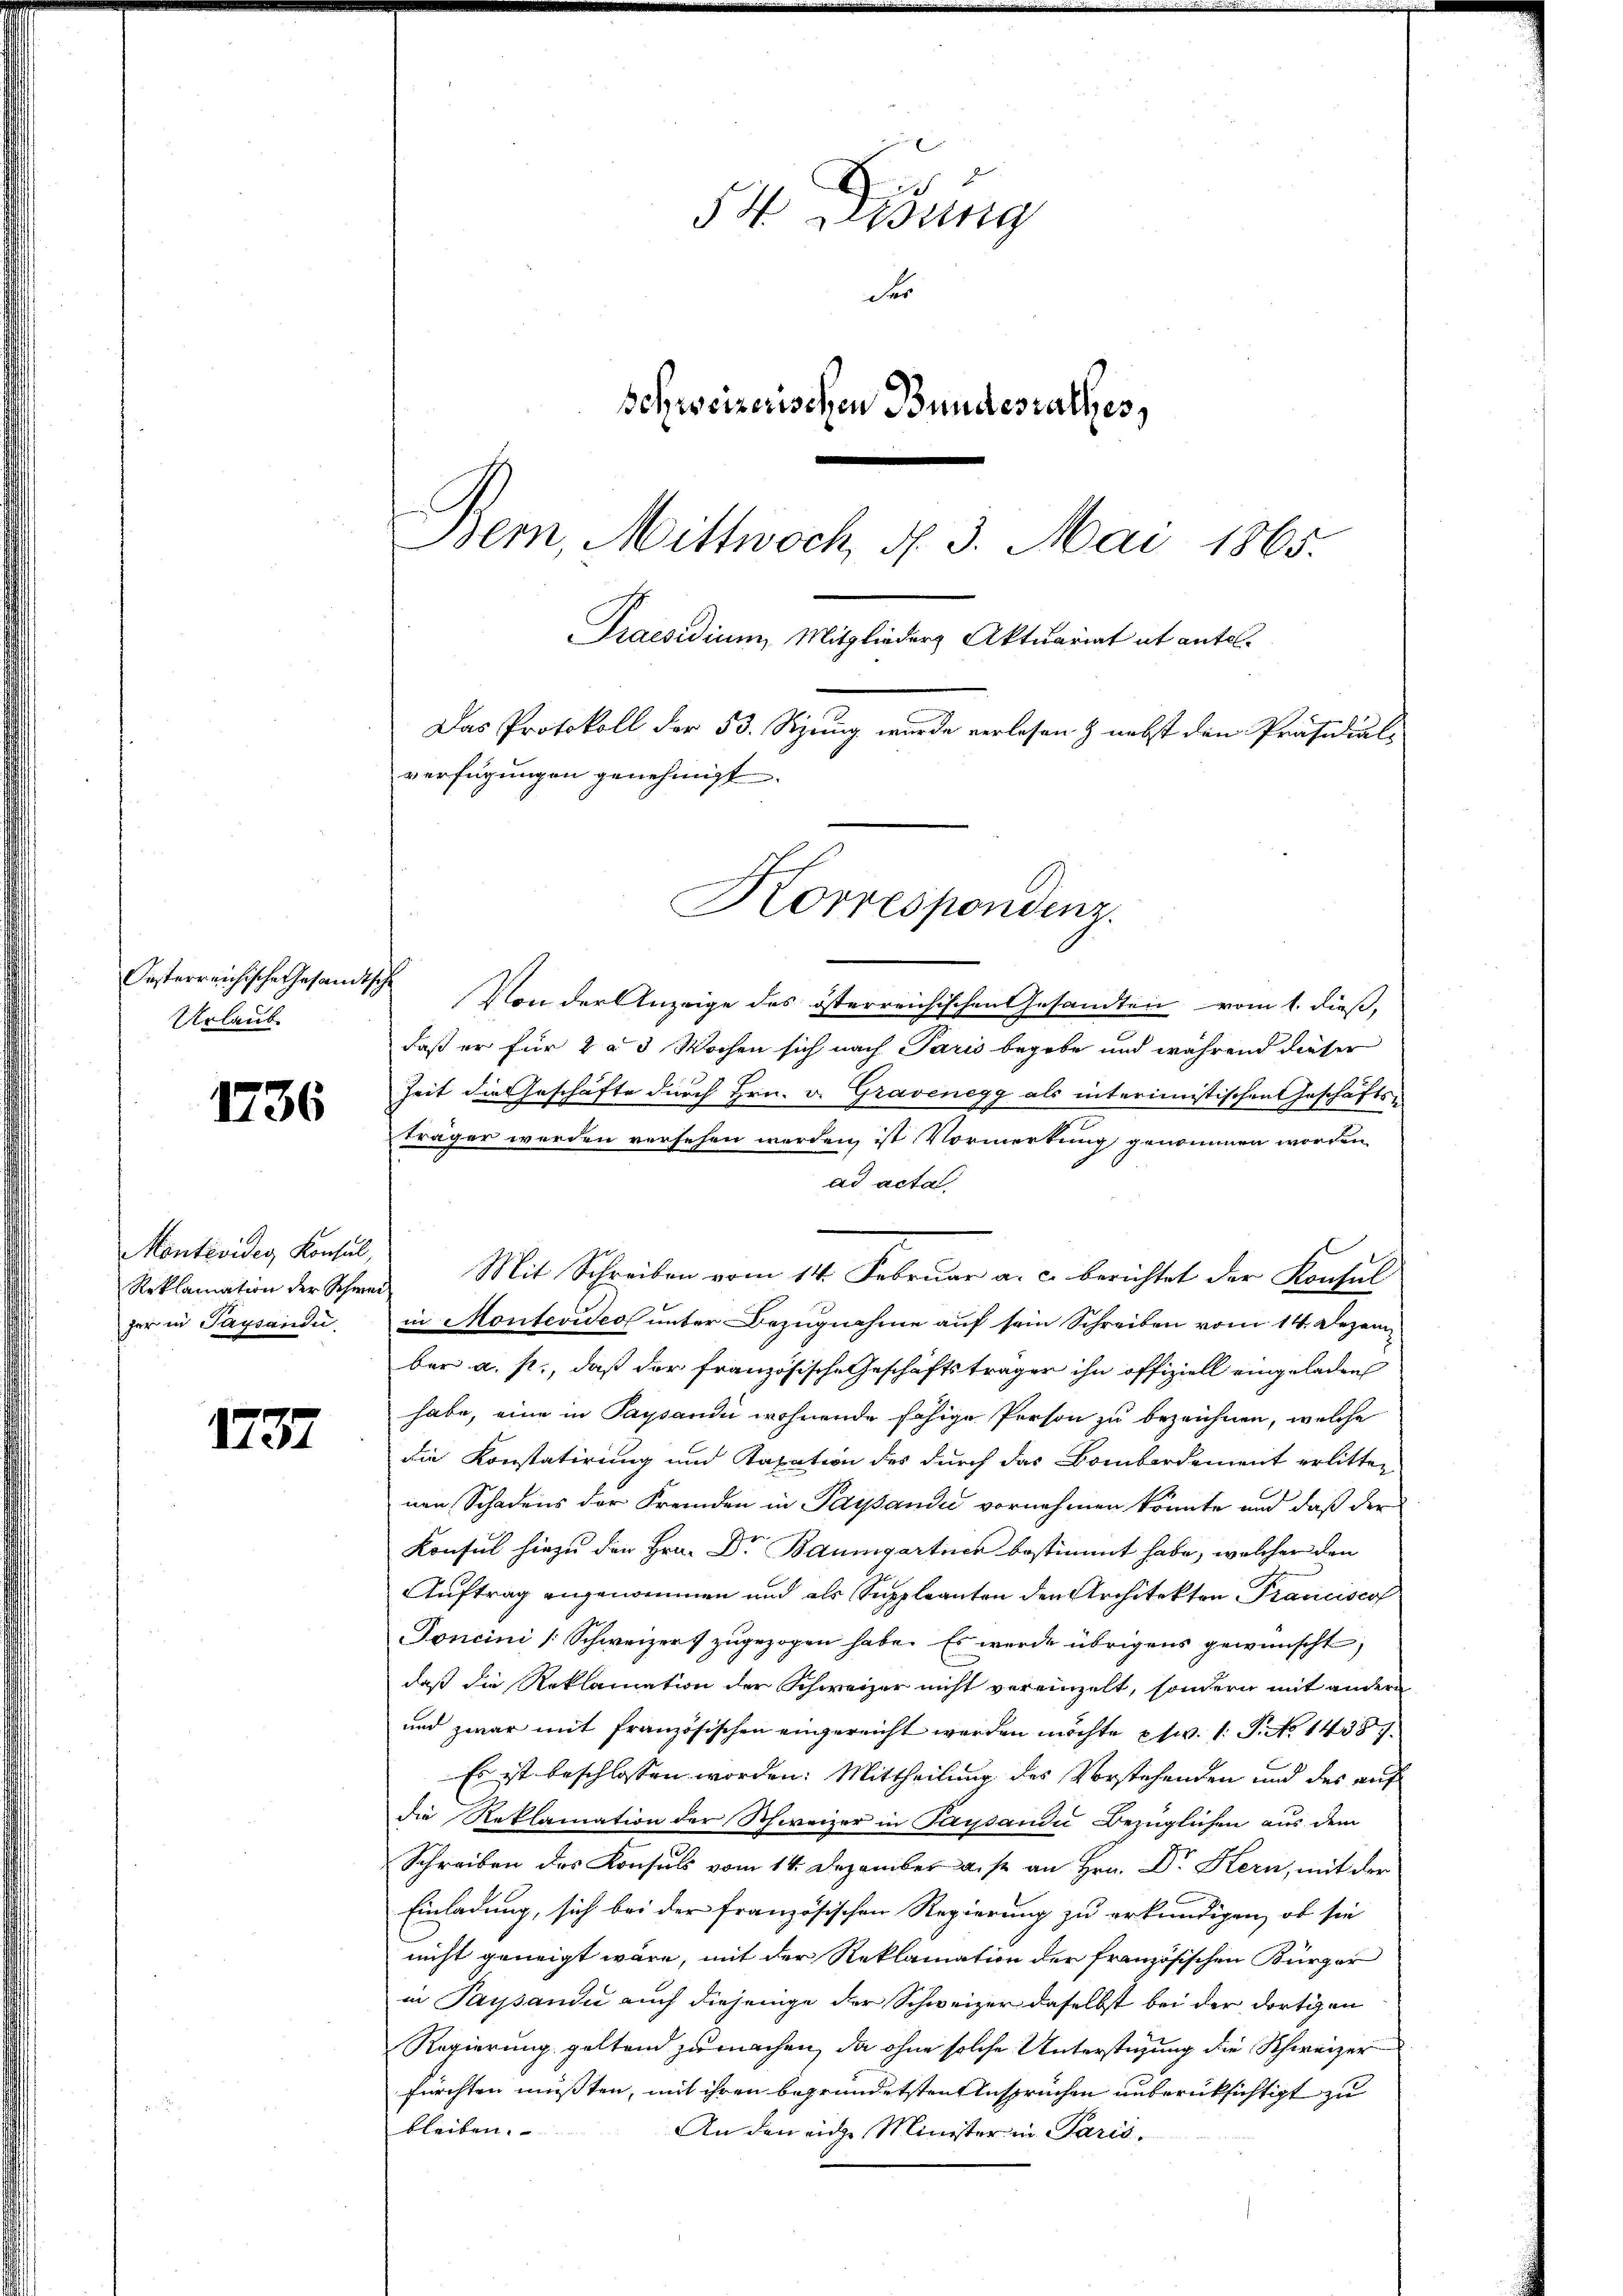
Oesterreichische Gesandtsche
Urlaub

1736

Monteviden Konsul,
Reklamation der Schweifer in Tagsaudie

1737

An
 Lung
der
schweizerischen Bundesrathes,
Bern, Mittwoch, N. 3. Mai 1865.
Praesidium, Mitglieder Aktuariat ab antel¬
Das Protokoll der 53. Sizung wurde verlesen & nebst den Präsidial-
verfügungen genehmigt.

Korrespondenz.

Von der Anzeige des österreichischen Gesandten vom 1. dieß,
daß er für 2 a 3 Wochen sich nach Paris begebe und während dieser
Zeit die Geschäfte durch Hrn. v. Gravenegg als interimistischen Geschäfts-
träger werden versehen werden, ist Vormerkung genommen worden,
ad acta
Mit Schreiben vom 14. Februar a. c. berichtet der Konsul
in Montevideo unter Bezugnahme auf sein Schreiben vom 14. Dezember a. p., daß der französische Geschäftsträger ihn offiziell eingeladen
habe, eine in Paysaudii wohnende fähige Person zu bezeichnen, welche
die Konstatirung und Taxation des durch das Bombardement erlitten
nen Schadens der Fremden in Parsandi vornehmen könnte und daß der
Konsul hiezu der Hrn. Dr Baumgartner bestimmt habe, welcher den
Auftrag angenommen und als Suppleanten den Architekten Tranciscof
Foncini (Schweizers zugezogen habe. Es wurde übrigens gewünscht,
daß die Reklamation der Schweizer nicht vereinzelt, sondern mit andern
und zwar mit französischen angereicht werden möchte Ew. 1 S. 14387
Es ist beschlossen worden. Mittheilung des Vorstehenden und des auf
die Reklamation der Schweizer in Paysaudii Bezüglichen aus dem
n
Schreiben des Konsuls vom 14. Dezember ist an Hrn. Dr Kern, mit der
Einladung, sich bei der französischen Regierung zu erkundigen, ob sie
nicht geneigt wäre, mit der Reklamation der französischen Bürger
in Pausandi auch diejenige der Schweizer daselbst bei der dortigen
Regierung geltend zu machen, da ohne solche Unterstüzung die Schweizer
fürchten müßten, mit ihren begründetsten Ansprüchen unberüksichtigt zu
bleiben.
An den eige Minister in Paris.